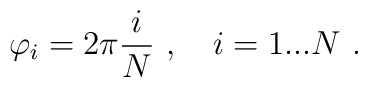
\varphi_i = 2\pi \frac{i}{N} \ , \quad i=1...N \ .